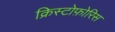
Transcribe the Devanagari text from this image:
क्रिस्टोफ़ोरिस